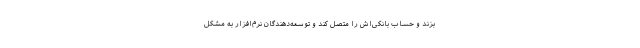
بزند و حساب بانکی‌اش را متصل کند و توسعه‌دهندگان نرم‌افزار به مشکل